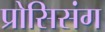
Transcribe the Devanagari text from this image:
प्रोसिसंग